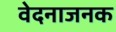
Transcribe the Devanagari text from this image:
वेदनाजनक